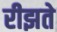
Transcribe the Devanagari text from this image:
रीझते